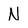
Character: N